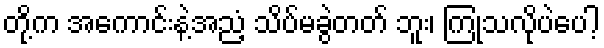
တို့က အကောင်းနဲ့အညံ့ သိပ်မခွဲတတ် ဘူး၊ ကြုံသလိုပဲပေါ့